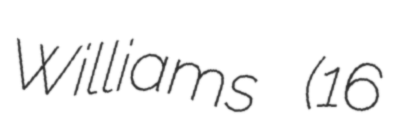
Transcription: Williams (16